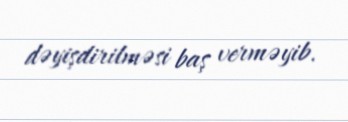
dəyişdirilməsi baş verməyib.